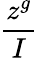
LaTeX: \frac{z^{g}}{I}